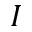
I